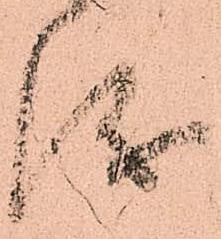
儀